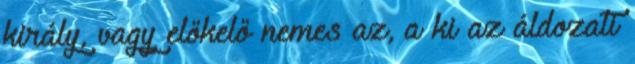
király, vagy előkelő nemes az, a ki az áldozati